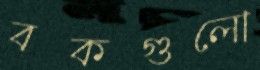
বকগুলো